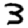
Digit: 3